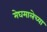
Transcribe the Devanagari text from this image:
मेघमालेच्या